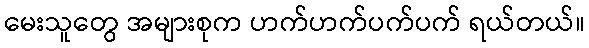
မေးသူတွေ အများစုက ဟက်ဟက်ပက်ပက် ရယ်တယ်။